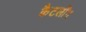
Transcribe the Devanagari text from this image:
कैटलोंग